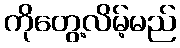
ကိုတွေ့လိမ့်မည်